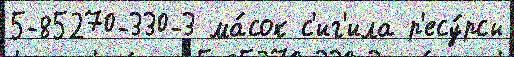
5-85270-330-3 ма́сок с'иг'ила р'есу́рсы